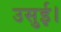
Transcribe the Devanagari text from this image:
उसुई।